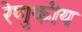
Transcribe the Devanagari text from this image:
रेणुकीय